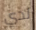
لدي